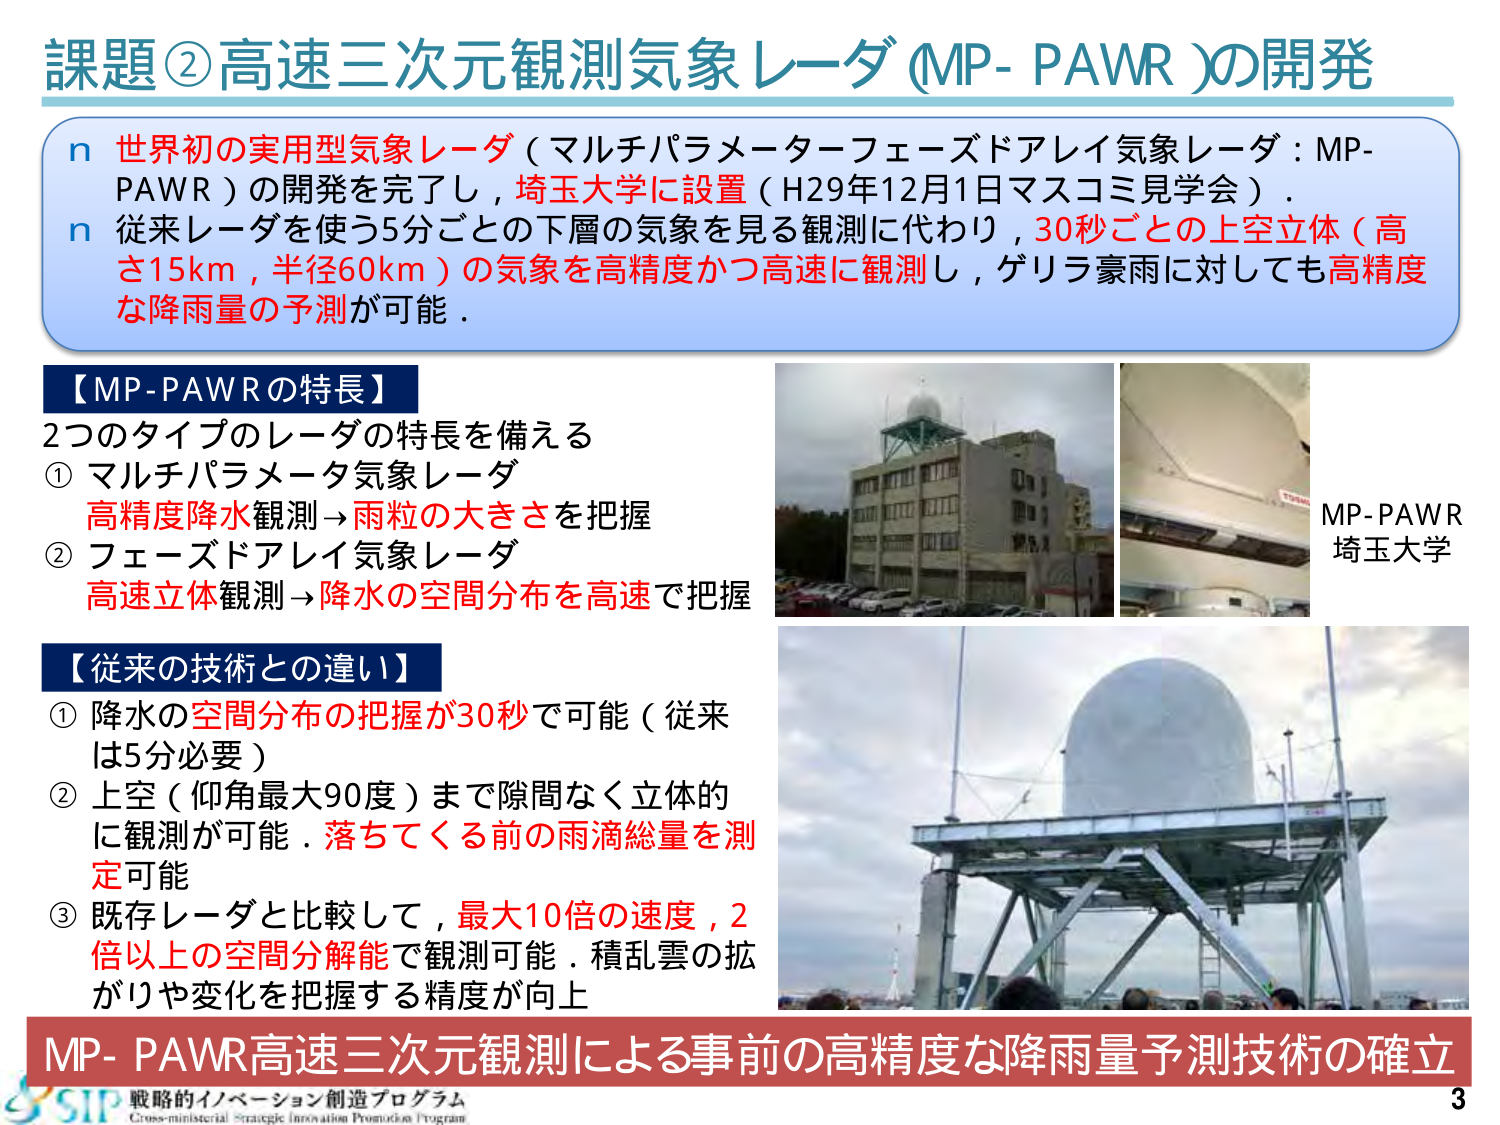
課題②高速三次元観測気象レーダ（MP-PAWR）の開発

n 世界初の実用型気象レーダ（マルチパラメーターフェーズドアレイ気象レーダ：MP-PAWR）の開発を完了し，埼玉大学に設置（H29年12月1日マスコミ見学会）．
n 従来レーダを使う5分ごとの下層の気象を見る観測に代わり，30秒ごとの上空立体（高さ15km，半径60km）の気象を高精度かつ高速に観測し，ゲリラ豪雨に対しても高精度な降雨量の予測が可能．

【MP-PAWRの特長】
2つのタイプのレーダの特長を備える
① マルチパラメータ気象レーダ
高精度降水観測→雨粒の大きさを把握
② フェーズドアレイ気象レーダ
高速立体観測→降水の空間分布を高速で把握

【従来の技術との違い】
① 降水の空間分布の把握が30秒で可能（従来は5分必要）
② 上空（仰角最大90度）まで隙間なく立体的に観測が可能．落ちてくる前の雨滴総量を測定可能
③ 既存レーダと比較して，最大10倍の速度，2倍以上の空間分解能で観測可能．積乱雲の拡がりや変化を把握する精度が向上

MP-PAWR
埼玉大学

MP-PAWR高速三次元観測による事前の高精度な降雨量予測技術の確立

SIP 戦略的イノベーション創造プログラム
Cross-ministerial Strategic Innovation Promotion Program

3